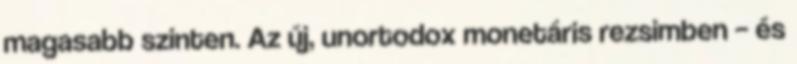
magasabb szinten. Az új, unortodox monetáris rezsimben – és